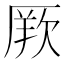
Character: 𭆏